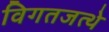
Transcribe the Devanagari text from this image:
विगतजत्थे